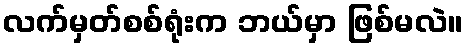
လက်မှတ်စစ်ရုံးက ဘယ်မှာ ဖြစ်မလဲ။